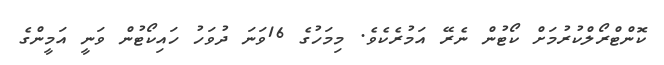
ކޮންޓްރޯލްކުރުމަށް ކޯޓުން ނެރޭ އަމުރެކެވެ. މިމަހުގެ 16ވަނަ ދުވަހު ހައިކޯޓުން ވަނީ އަމީންގެ